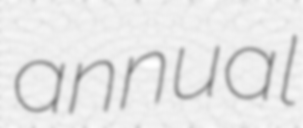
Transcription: annual